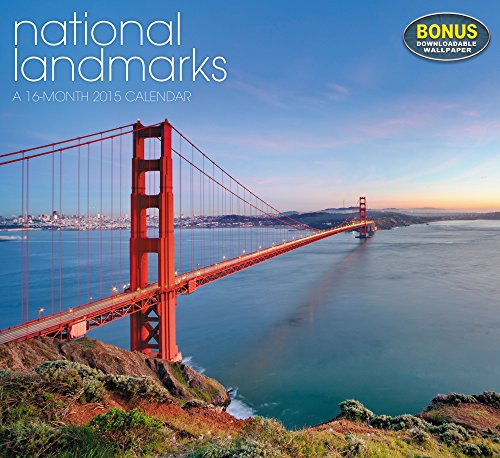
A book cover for National Landmarks Wall Calendar (2015); Landmark; Calendars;